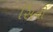
સિની